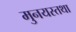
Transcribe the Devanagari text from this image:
मुनयस्तथा